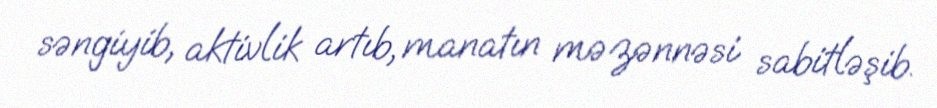
səngiyib, aktivlik artıb, manatın məzənnəsi sabitləşib.